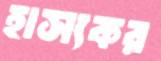
হাস্যকর